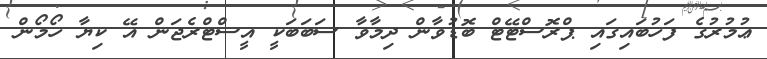
ޢުމުރުގެ ފަހުބައިގައި ޕްރޮސްޓޭޓް ބޮޑުވާން ދިމާވާ ސަބަބަކީ އީސްޓްރެޖަން އޭ ކިޔާ ހޯމޯން